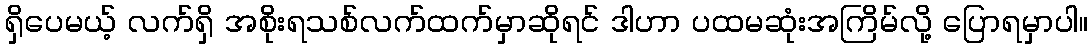
ရှိပေမယ့် လက်ရှိ အစိုးရသစ်လက်ထက်မှာဆိုရင် ဒါဟာ ပထမဆုံးအကြိမ်လို့ ပြောရမှာပါ။